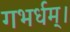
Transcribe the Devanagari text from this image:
गभर्धम्।